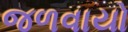
જળવાયો